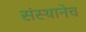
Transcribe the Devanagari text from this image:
संस्थानेच